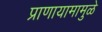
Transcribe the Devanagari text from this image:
प्राणायामामुळे